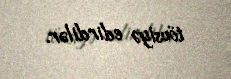
tövsiyə edirdilər.